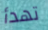
تهدأ